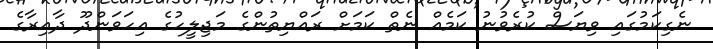
ނެގިކަމުގައި ވިޔަސް ކުރެވުނު ކަމެއް ނެތް ކަމަށް ރައްޔިތުންގެ މަޖިލީހުގެ އިހަވަންދޫ ދާއިރާގެ